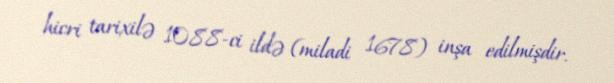
hicri tarixilə 1088-ci ildə (miladi 1678) inşa edilmişdir.